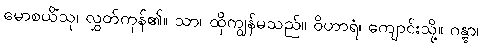
မောစယိံသု၊ လွှတ်ကုန်၏။ သာ၊ ထိုကျွန်မသည်။ ဝိဟာရံ၊ ကျောင်းသို့။ ဂန္တွာ၊